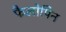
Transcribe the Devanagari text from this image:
फैलोपिन